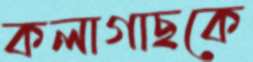
কলাগাছকে